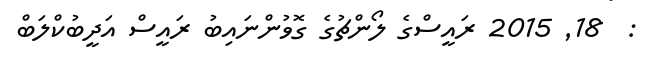
:  18